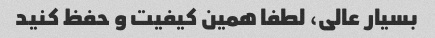
بسیار عالی، لطفا همین کیفیت و حفظ کنید